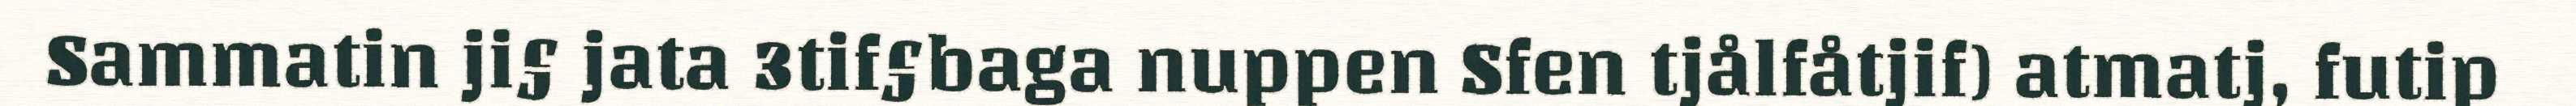
Sammatin ji§ jata 3tif§baga nuppen Sfen tjålfåtjif) atmatj, futip